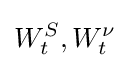
W_{t}^{S},W_{t}^{\nu }